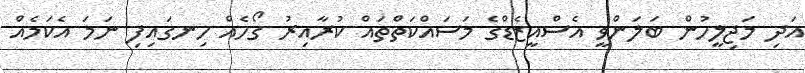
އަދި މަޖިލީހުން ބަލަންވީ އެސްއީޒެޑްގެ މަސައްކަތްތައް ކުރާއިރު ގޯހެއް ހިނގައިފި ނަމަ އެކަމެއް